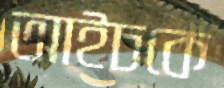
আইচকে